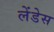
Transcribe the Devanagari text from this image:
लेंडेस